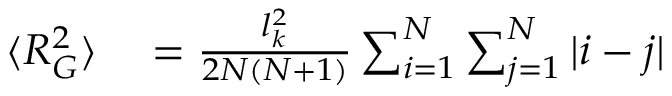
\begin{array} { r l } { \langle R _ { G } ^ { 2 } \rangle } & { { } = \frac { l _ { k } ^ { 2 } } { 2 N ( N + 1 ) } \sum _ { i = 1 } ^ { N } \sum _ { j = 1 } ^ { N } | i - j | } \end{array}